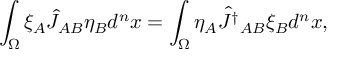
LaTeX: \int _ { \Omega } \xi _ { A } \hat { J } _ { A B } \eta _ { B } d ^ { n } x = \int _ { \Omega } \eta _ { A } \hat { J ^ { \dagger } } _ { A B } \xi _ { B } d ^ { n } x ,